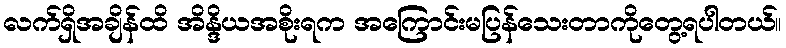
လက်ရှိအချိန်ထိ အိန္ဒိယအစိုးရက အကြောင်းမပြန်သေးတာကိုတွေ့ရပါတယ်။